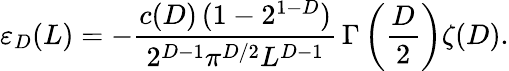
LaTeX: \varepsilon_{D}(L)=-\frac{c(D)\, (1-2^{1-D})}{2^{D-1}\pi^{D/2}L^{D-1}}\, \Gamma\left(\frac{D}{2}\right)\zeta(D).